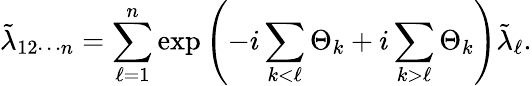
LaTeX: \tilde{\lambda}_{12\cdots n}=\sum_{\ell=1}^{n}\exp\left(-i\sum_{k<\ell}\Theta_{k}+i\sum_{k>\ell}\Theta_{k}\right)\tilde{\lambda}_{\ell}.